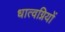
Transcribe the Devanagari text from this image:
धात्वग्नियों